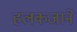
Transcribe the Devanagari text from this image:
हलकजाने